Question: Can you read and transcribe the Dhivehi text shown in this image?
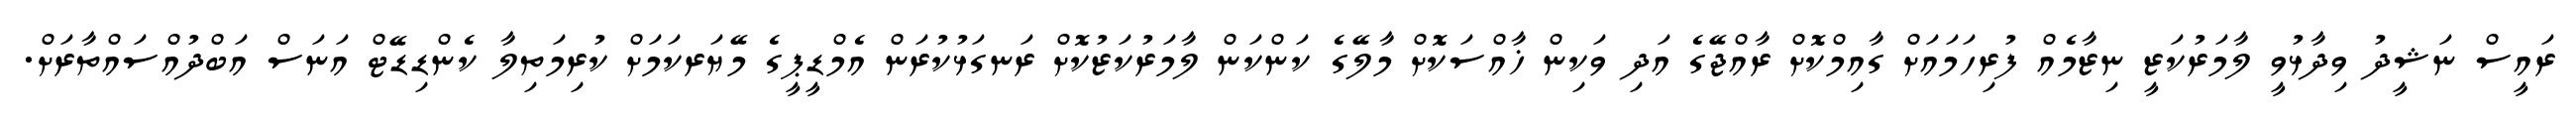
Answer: ރައީސް ނަޝީދު ވިދާޅުވީ ލާމަރުކަޒީ ނިޒާމެއް ފުރިހަމައަށް ގާއިމްކޮށް ރާއްޖޭގެ އަދި ވަކިން ޚާއްސަކޮށް މާލޭގެ ކަންކަން ލާމަރުކަޒުކޮށް ރަނގަޅުކުރަން އެމްޑީޕީގެ މޭޔަރކަމަށް ކުރިމަތިލާ ކެންޑިޑޭޓް އަނަސް އަބްދުއްސައްތާރަށް.